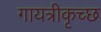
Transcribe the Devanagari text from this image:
गायत्रीकृच्छ